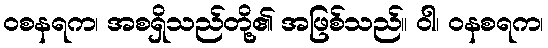
ဝစနရက၊ အစရှိသည်တို့၏ အဖြစ်သည်။ ဝါ၊ ဝနစရက၊